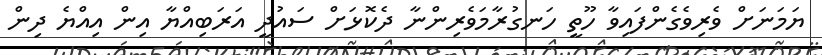
ޔަަމަނަށް ވެރިވެގެންފައިވާ ހޫތީ ހަނގުރާމަވެރިންނާ ދެކޮޅަށް ސައުދީ އަރަބިއްޔާ އިން އިއްޔެ ދިން